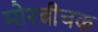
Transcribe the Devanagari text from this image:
मोरबीचक